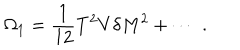
LaTeX: \Omega _ { 1 } = \frac { 1 } { 1 2 } T ^ { 2 } V \delta M ^ { 2 } + \cdots \; .